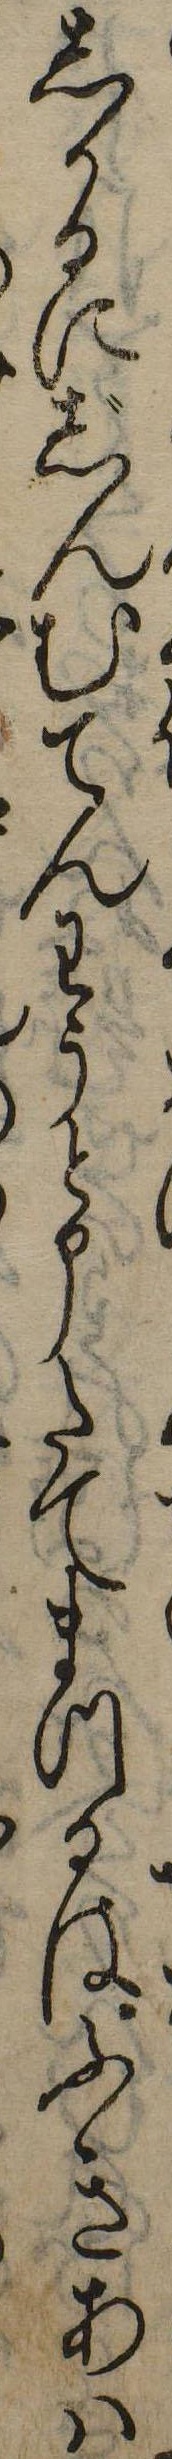
しかるにじんむてんわうと申たてまつるはふきあは